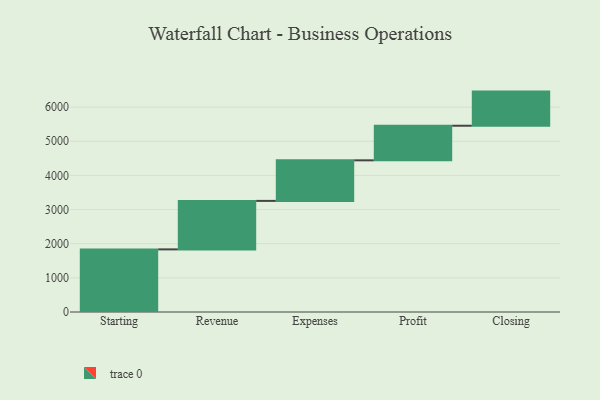
{"axis": {"x": "Step", "y": "Value"}, "legend": [""], "data": [{"x": "Starting", "y": 1834.0, "type": ""}, {"x": "Revenue", "y": 1420.0, "type": ""}, {"x": "Expenses", "y": 1188.0, "type": ""}, {"x": "Profit", "y": 1013.0, "type": ""}, {"x": "Closing", "y": 1000, "type": ""}]}